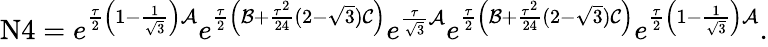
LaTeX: \begin{array}{r}{\mathrm{N}4=e^{\frac{\tau}{2}\left(1-\frac{1}{\sqrt{3}}\right)\mathcal{A}}e^{\frac{\tau}{2}\left(\mathcal{B}+\frac{\tau^{2}}{24}(2-\sqrt{3})\mathcal{C}\right)}e^{\frac{\tau}{\sqrt{3}}\mathcal{A}}e^{\frac{\tau}{2}\left(\mathcal{B}+\frac{\tau^{2}}{24}(2-\sqrt{3})\mathcal{C}\right)}e^{\frac{\tau}{2}\left(1-\frac{1}{\sqrt{3}}\right)\mathcal{A}}.}\end{array}